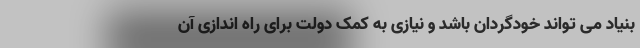
بنیاد می تواند خودگردان باشد و نیازی به کمک دولت برای راه اندازی آن